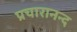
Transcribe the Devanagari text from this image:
प्रचारानन्द